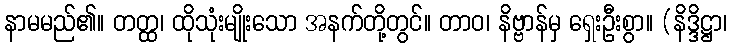
နာမမည်၏။ တတ္ထ၊ ထိုသုံးမျိုးသော အနက်တို့တွင်။ တာဝ၊ နိဗ္ဗာန်မှ ရှေးဦးစွာ။ (နိဒ္ဒိဋ္ဌာ၊